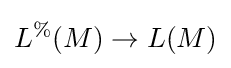
L^{\%}(M)\to L(M)